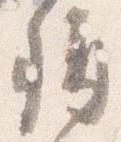
称